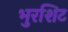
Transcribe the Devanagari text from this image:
भुरशिट